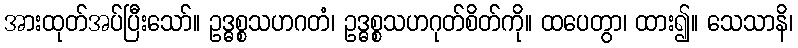
အားထုတ်အပ်ပြီးသော်။ ဥဒ္ဓစ္စသဟဂတံ၊ ဥဒ္ဓစ္စသဟဂုတ်စိတ်ကို။ ထပေတွာ၊ ထား၍။ သေသာနိ၊